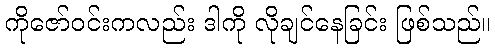
ကိုဇော်ဝင်းကလည်း ဒါကို လိုချင်နေခြင်း ဖြစ်သည်။